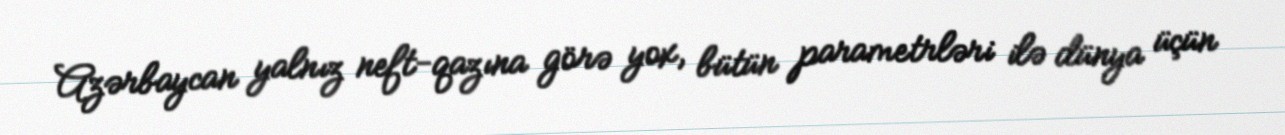
Azərbaycan yalnız neft-qazına görə yox, bütün parametrləri ilə dünya üçün